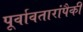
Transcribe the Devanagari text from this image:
पूर्वावतारांपैकी